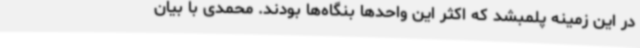
در این زمینه پلمبشد که اکثر این واحدها بنگاه‌ها بودند. محمدی با بیان